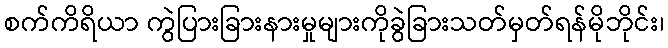
စက်ကိရိယာ ကွဲပြားခြားနားမှုများကိုခွဲခြားသတ်မှတ်ရန်မိုဘိုင်း၊